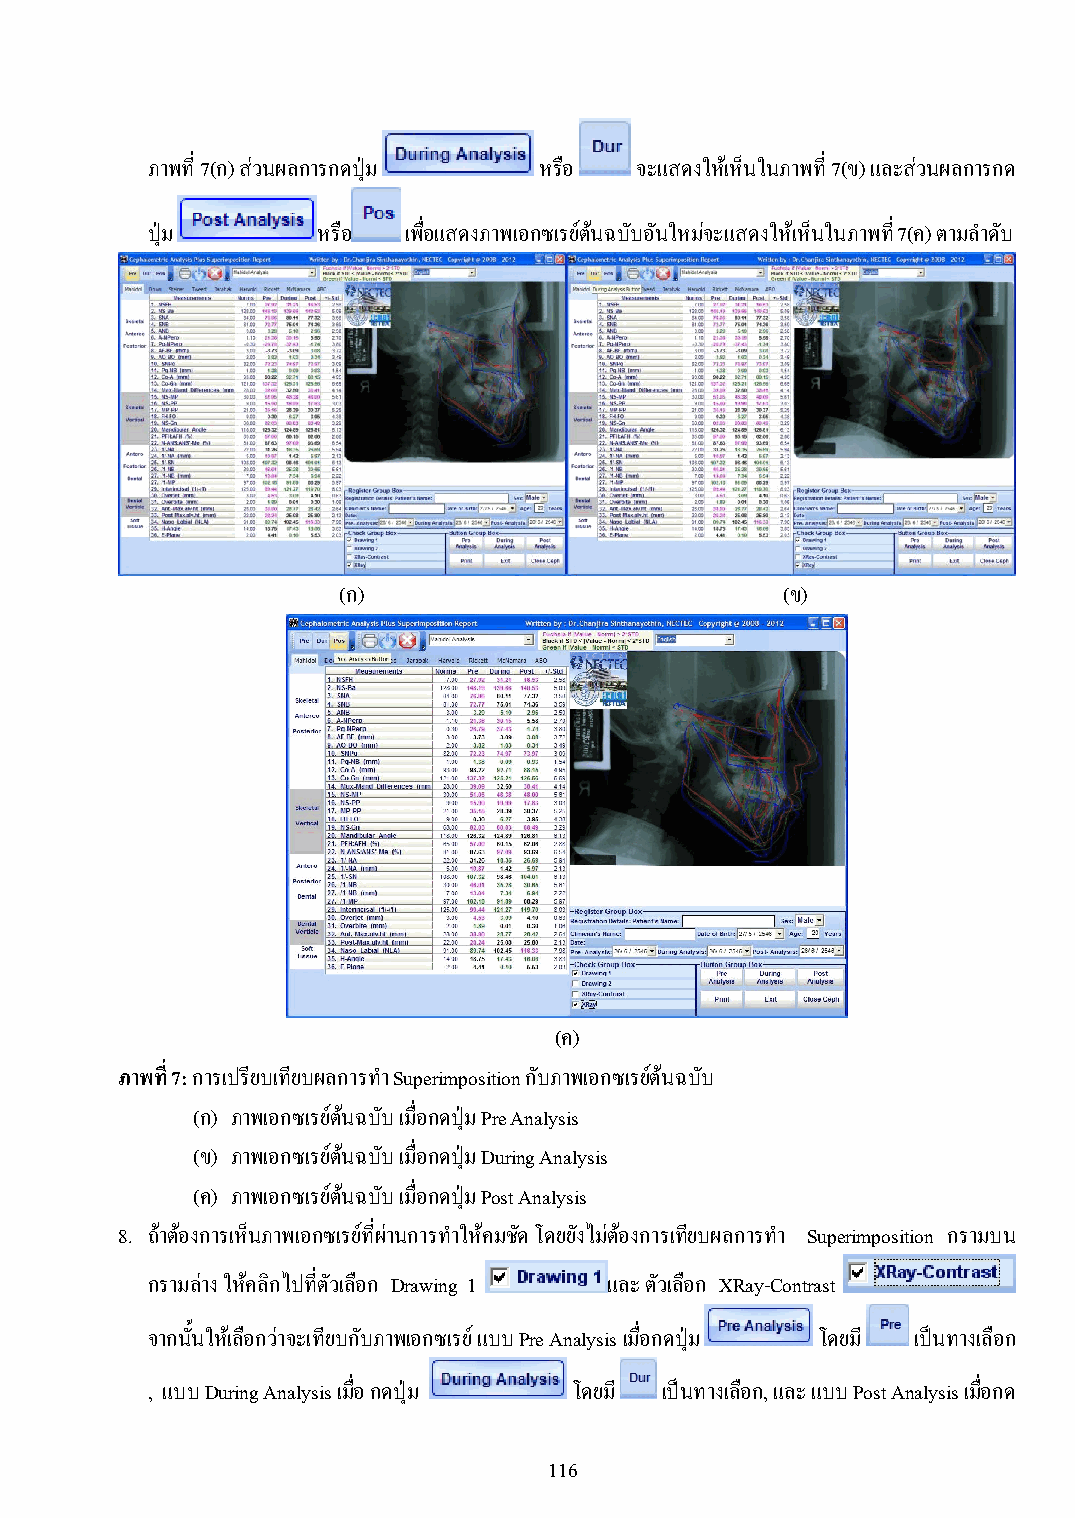
ภาพที่ 7(ก) ส่วนผลการกดปุ่ม หรือ จะแสดงให้เห็นในภาพที่ 7(ข) และส่วนผลการกด
 ปุ่ม       หรือ  เพื่อแสดงภาพเอกซเรย์ต้นฉบับอันใหม่จะแสดงให้เห็นในภาพที่ 7(ค) ตามล าดับ
 (ก)                           (ข)
 (ค)
 ภาพที่ 7: การเปรียบเทียบผลการท า Superimposition กับภาพเอกซเรย์ต้นฉบับ
 (ก) ภาพเอกซเรย์ต้นฉบับ เมื่อกดปุ่ม Pre Analysis
 (ข) ภาพเอกซเรย์ต้นฉบับ เมื่อกดปุ่ม During Analysis
 (ค) ภาพเอกซเรย์ต้นฉบับ เมื่อกดปุ่ม Post Analysis
 8. ถ้าต้องการเห็นภาพเอกซเรย์ที่ผ่านการท าให้คมชัด โดยยังไม่ต้องการเทียบผลการท า Superimposition กรามบน
 กรามล่าง ให้คลิกไปที่ตัวเลือก Drawing 1 และ ตัวเลือก XRay-Contrast
 จากนั้นให้เลือกว่าจะเทียบกับภาพเอกซเรย์ แบบ Pre Analysis เมื่อกดปุ่ม โดยมี เป็นทางเลือก
 , แบบ During Analysis เมื่อ กดปุ่ม โดยมี เป็นทางเลือก, และ แบบ Post Analysis เมื่อกด
 116